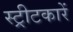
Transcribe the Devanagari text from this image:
स्ट्रीटकारें